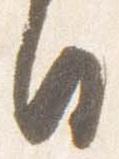
日